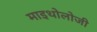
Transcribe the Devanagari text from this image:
माइथोलोजी